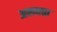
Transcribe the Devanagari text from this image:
अलवत्ता